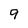
Character: 9